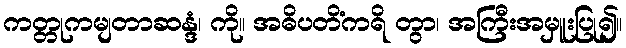
ကတ္တုကမျတာဆန္ဒံ၊ ကို။ အဓိပတိံကရိ တွာ၊ အကြီးအမှူးပြု၍။